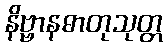
နိဗ္ဗာနဓာတုသုတ္တ